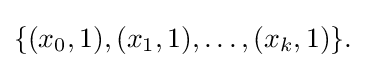
{\textstyle \{(x_{0},1),(x_{1},1),\ldots ,(x_{k},1)\}.}